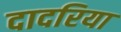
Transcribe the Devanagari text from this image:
दादरिया